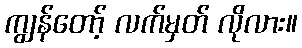
ကျွန်တော့် လက်မှတ် လိုလား။